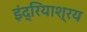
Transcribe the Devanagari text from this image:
इंद्रियाश्रय